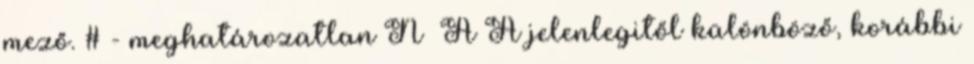
mező. # - meghatározatlan N A A jelenlegitől különböző, korábbi